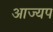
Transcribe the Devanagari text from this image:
आज्यप